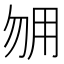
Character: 𰢰